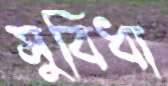
সুবিধা